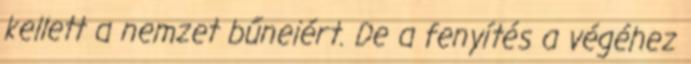
kellett a nemzet bűneiért. De a fenyítés a végéhez